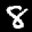
Label: 8